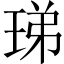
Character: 珶